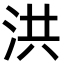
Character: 洪